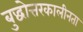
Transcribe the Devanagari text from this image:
बुद्धोत्तरकालीनता